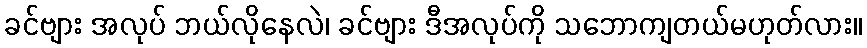
ခင်ဗျား အလုပ် ဘယ်လိုနေလဲ၊ ခင်ဗျား ဒီအလုပ်ကို သဘောကျတယ်မဟုတ်လား။